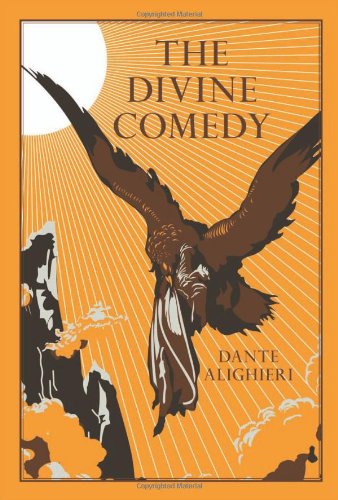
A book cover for The Divine Comedy (Leather-bound Classics); Dante Alighieri; Christian Books & Bibles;